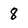
Character: 8